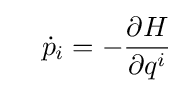
\quad {\dot {p}}_{i}=-{\frac {\partial H}{\partial q^{i}}}